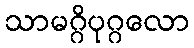
သာမဂ္ဂိပုဂ္ဂလော